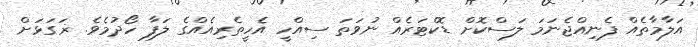
އަލާމާތެއް ފެނިއްޖެނަމަ ލަސްކޮށް ޑޮކްޓަރެއް ނުވަތަ ސިއްހީ އެހީތެރިއެއްގެ ލަފާ ހޯދުމެވެ. ޜަގަޅަށް